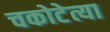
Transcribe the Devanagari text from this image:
चकोटेत्या